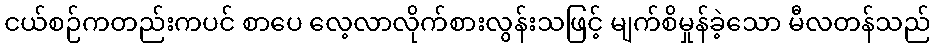
ငယ်စဉ်ကတည်းကပင် စာပေ လေ့လာလိုက်စားလွန်းသဖြင့် မျက်စိမှုန်ခဲ့သော မီလတန်သည်